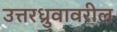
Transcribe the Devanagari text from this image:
उत्तरध्रुवावरील